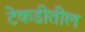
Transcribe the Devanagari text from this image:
टेकडीतील